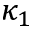
\kappa _ { 1 }